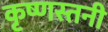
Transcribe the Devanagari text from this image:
कृष्णस्तनी